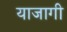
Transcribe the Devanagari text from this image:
याजागी